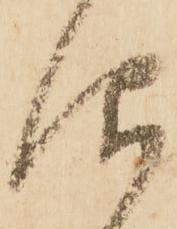
仰